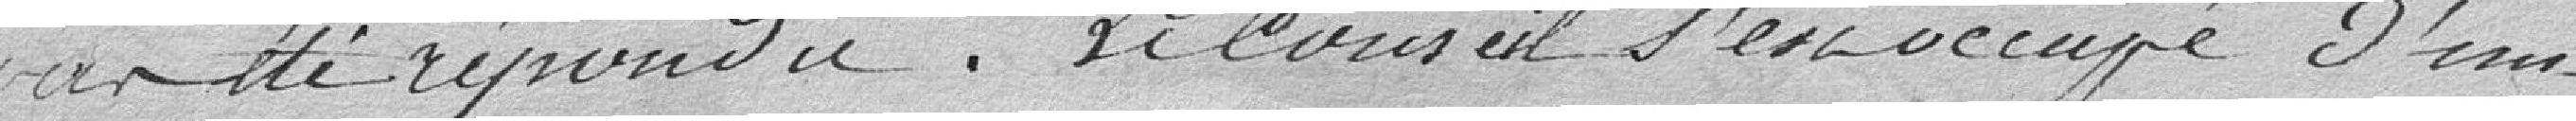
pas été répondu. Le Conseil s'est occupé d'un